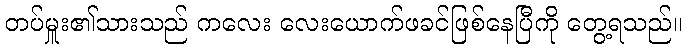
တပ်မှူး၏သားသည် ကလေး လေးယောက်ဖခင်ဖြစ်နေပြီကို တွေ့ရသည်။